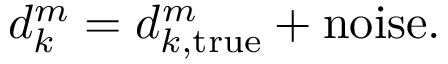
d _ { k } ^ { m } = d _ { k , \mathrm { t r u e } } ^ { m } + \mathrm { n o i s e } .